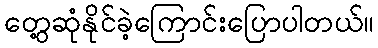
တွေ့ဆုံနိုင်ခဲ့ကြောင်းပြောပါတယ်။